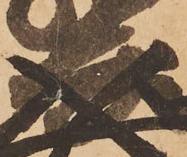
兵